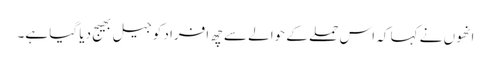
انھوں نے کہا کہ اس حملے کے حوالے سے چھ افراد کو جیل بھیج دیا گیا ہے۔